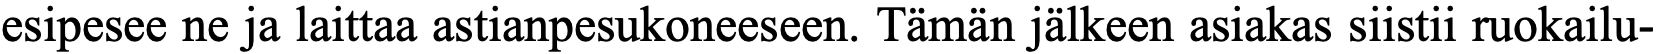
esipesee ne ja laittaa astianpesukoneeseen. Tämän jälkeen asiakas siistii ruokailu-